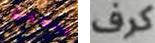
سمعة كرف